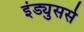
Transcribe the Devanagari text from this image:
इंड्युसर्स